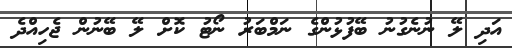
އަދި ލޭ ނުނެގުނު ބޭފުޅުންގެ ނަމްބަރު ނޯޓު ކޮށް ލޭ ބޭނުން ޖެހިއްދެ